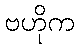
ဗဟိုက